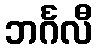
ဘင်္ဂလီ